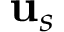
\mathbf { u } _ { s }